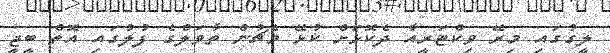
ލީގުގައި މިރޭ ވިކްޓަރީއާ ދެކޮޅަށް ކުޅޭ މެޗުން ތާވަލްގެ ފުލުގައި އޮތް ބީޖީ